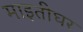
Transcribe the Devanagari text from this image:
माइतीघर